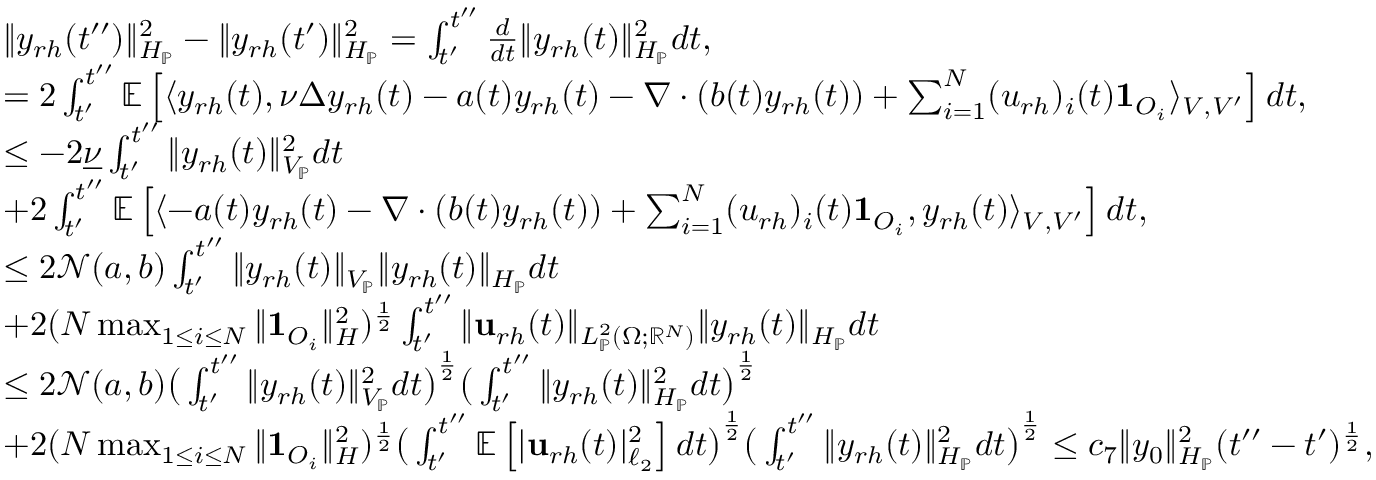
\begin{array} { r l } & { \| y _ { r h } ( t ^ { \prime \prime } ) \| _ { H _ { \mathbb { P } } } ^ { 2 } - \| y _ { r h } ( t ^ { \prime } ) \| _ { H _ { \mathbb { P } } } ^ { 2 } = \int _ { t ^ { \prime } } ^ { t ^ { \prime \prime } } \frac { d } { d t } \| y _ { r h } ( t ) \| _ { H _ { \mathbb { P } } } ^ { 2 } d t , } \\ & { = 2 \int _ { t ^ { \prime } } ^ { t ^ { \prime \prime } } \mathbb { E } \left[ \langle y _ { r h } ( t ) , \nu \Delta y _ { r h } ( t ) - a ( t ) y _ { r h } ( t ) - \nabla \cdot ( b ( t ) y _ { r h } ( t ) ) + \sum _ { i = 1 } ^ { N } ( u _ { r h } ) _ { i } ( t ) \mathbf { 1 } _ { O _ { i } } \rangle _ { V , V ^ { \prime } } \right] d t , } \\ & { \leq - 2 \underline { { \nu } } \int _ { t ^ { \prime } } ^ { t ^ { \prime \prime } } \| y _ { r h } ( t ) \| _ { V _ { \mathbb { P } } } ^ { 2 } d t } \\ & { + 2 \int _ { t ^ { \prime } } ^ { t ^ { \prime \prime } } \mathbb { E } \left[ \langle - a ( t ) y _ { r h } ( t ) - \nabla \cdot ( b ( t ) y _ { r h } ( t ) ) + \sum _ { i = 1 } ^ { N } ( u _ { r h } ) _ { i } ( t ) \mathbf { 1 } _ { O _ { i } } , y _ { r h } ( t ) \rangle _ { V , V ^ { \prime } } \right] d t , } \\ & { \leq 2 \mathcal { N } ( a , b ) \int _ { t ^ { \prime } } ^ { t ^ { \prime \prime } } \| y _ { r h } ( t ) \| _ { V _ { \mathbb { P } } } \| y _ { r h } ( t ) \| _ { H _ { \mathbb { P } } } d t } \\ & { + 2 ( N \operatorname* { m a x } _ { 1 \leq i \leq N } \| \mathbf { 1 } _ { O _ { i } } \| _ { H } ^ { 2 } ) ^ { \frac { 1 } { 2 } } \int _ { t ^ { \prime } } ^ { t ^ { \prime \prime } } \| \mathbf { u } _ { r h } ( t ) \| _ { L _ { \mathbb { P } } ^ { 2 } ( \Omega ; \mathbb { R } ^ { N } ) } \| y _ { r h } ( t ) \| _ { H _ { \mathbb { P } } } d t } \\ & { \leq 2 \mathcal { N } ( a , b ) \big ( \int _ { t ^ { \prime } } ^ { t ^ { \prime \prime } } \| y _ { r h } ( t ) \| _ { V _ { \mathbb { P } } } ^ { 2 } d t \big ) ^ { \frac { 1 } { 2 } } \big ( \int _ { t ^ { \prime } } ^ { t ^ { \prime \prime } } \| y _ { r h } ( t ) \| _ { H _ { \mathbb { P } } } ^ { 2 } d t \big ) ^ { \frac { 1 } { 2 } } } \\ & { + 2 ( N \operatorname* { m a x } _ { 1 \leq i \leq N } \| \mathbf { 1 } _ { O _ { i } } \| _ { H } ^ { 2 } ) ^ { \frac { 1 } { 2 } } \big ( \int _ { t ^ { \prime } } ^ { t ^ { \prime \prime } } \mathbb { E } \left[ | \mathbf { u } _ { r h } ( t ) | _ { \ell _ { 2 } } ^ { 2 } \right] d t \big ) ^ { \frac { 1 } { 2 } } \big ( \int _ { t ^ { \prime } } ^ { t ^ { \prime \prime } } \| y _ { r h } ( t ) \| _ { H _ { \mathbb { P } } } ^ { 2 } d t \big ) ^ { \frac { 1 } { 2 } } \leq c _ { 7 } \| y _ { 0 } \| _ { H _ { \mathbb { P } } } ^ { 2 } ( t ^ { \prime \prime } - t ^ { \prime } ) ^ { \frac { 1 } { 2 } } , } \end{array}